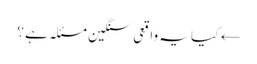
← کیا یہ واقعی سنگین مسئلہ ہے ؟